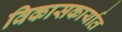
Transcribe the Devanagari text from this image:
विकासकार्यात